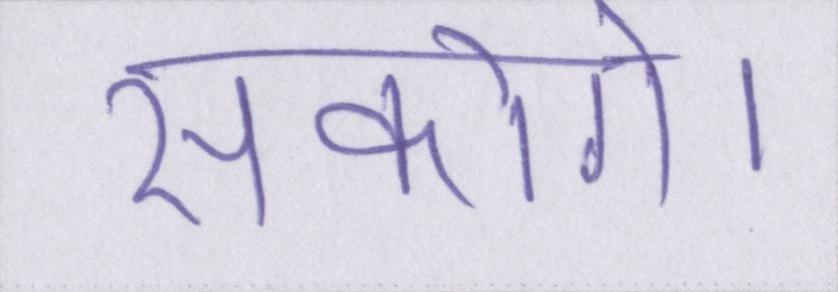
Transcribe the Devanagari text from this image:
सकोगे।